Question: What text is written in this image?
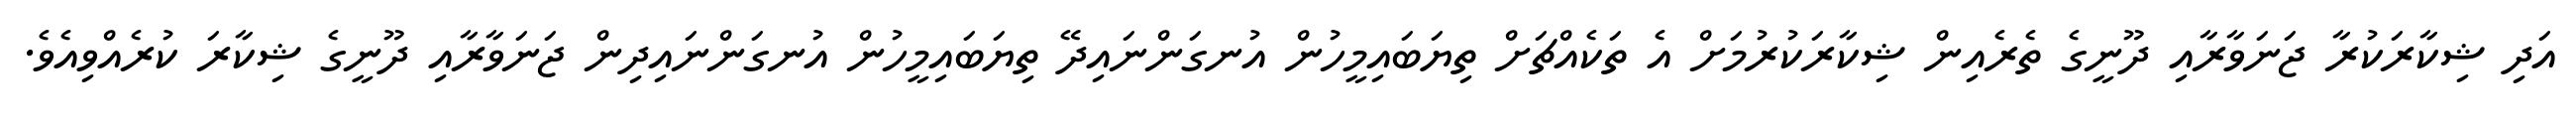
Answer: އަދި ޝިކާރަކުރާ ޖަނަވާރާއި ދޫނީގެ ތެރެއިން ޝިކާރަކުރުމަށް އެ ތަކެއްޗަށް ތިޔަބައިމީހުން އުނގަންނައިދޭ ތިޔަބައިމީހުން އުނގަންނައިދިން ޖަނަވާރާއި ދޫނީގެ ޝިކާރަ ކުރެއްވިއެވެ.